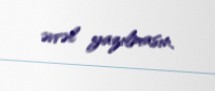
əvvəl yazılmasın.